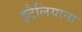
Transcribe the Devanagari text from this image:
इटैलियाना